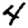
Digit: 4